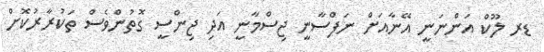
ޑރ ލޫކް އަންނަނީ އޭނާއަށް ނަފްސާނީ ޖިސްމާނީ އަދި ޖިންސީ ގޮތުންވެސް ތަކުރާރުކޮށް